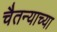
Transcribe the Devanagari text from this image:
चैतन्याच्या